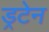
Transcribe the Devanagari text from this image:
ड्रटेन